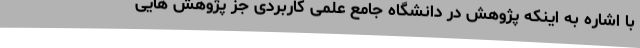
با اشاره به اینکه پژوهش در دانشگاه جامع علمی کاربردی جز پژوهش هایی